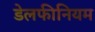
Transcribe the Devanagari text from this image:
डेलफीनियम